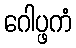
ဂေါပ္ဖကံ